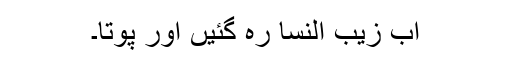
اب زیب النسا رہ گئیں اور پوتا۔